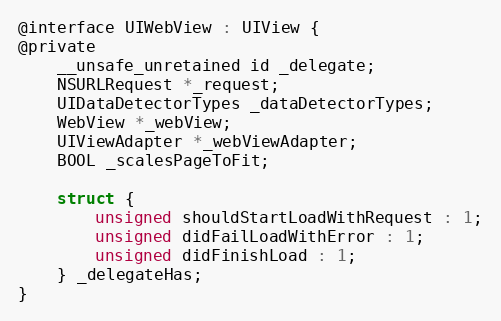
Language: C
@interface UIWebView : UIView {
@private
    __unsafe_unretained id _delegate;
    NSURLRequest *_request;
    UIDataDetectorTypes _dataDetectorTypes;
    WebView *_webView;
    UIViewAdapter *_webViewAdapter;
    BOOL _scalesPageToFit;

    struct {
        unsigned shouldStartLoadWithRequest : 1;
        unsigned didFailLoadWithError : 1;
        unsigned didFinishLoad : 1;
    } _delegateHas;
}